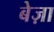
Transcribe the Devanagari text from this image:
बेज़ा